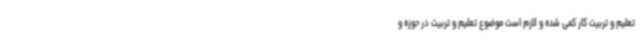
تعلیم و تربیت کار کمی شده و لازم است موضوع تعلیم و تربیت در حوزه و